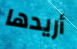
أريدها